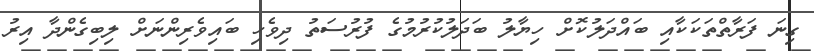
ގިނަ ފަރާތްތަކަކާއި ބައްދަލުކޮށް ހިޔާލު ބަދަލުކުރުމުގެ ފުރުސަތު ދިވެހި ބައިވެރިންނަށް ލިބިގެންދާ އިރު